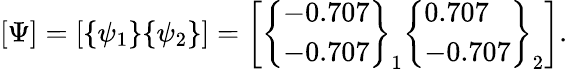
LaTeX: {\left[\begin{array}{l}{\Psi}\end{array}\right]}={\left[\begin{array}{l}{{\left\{ \begin{array}{l}{\psi_{1}}\end{array}\right\} }{\left\{ \begin{array}{l}{\psi_{2}}\end{array}\right\} }}\end{array}\right]}={\left[\begin{array}{l}{{\left\{ \begin{array}{l}{-0.707}\\ {-0.707}\end{array}\right\} }_{1}{\left\{ \begin{array}{l}{0.707}\\ {-0.707}\end{array}\right\} }_{2}}\end{array}\right]}.